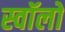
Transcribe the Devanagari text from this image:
स्वॉलो